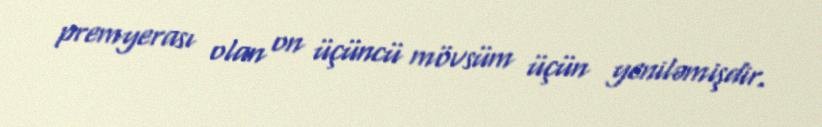
premyerası olan on üçüncü mövsüm üçün yeniləmişdir.